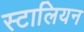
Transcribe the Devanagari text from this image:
स्टालियन